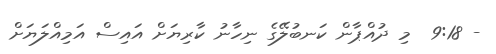
- 9:18  މި ދުއްޕާން ކަނބުލޭގެ ނިހާނު ކާރިޔަށް އައިސް އަމިއްލަޔަށް